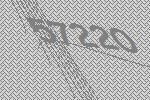
57220